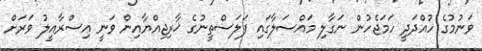
ވަނުމުގެ ހުއްދަދީ ހަމަޖެހުން ނަގާލި މައްސަލާގައި ފަލަސްތީނުގެ ޚާރިޖިއްޔާއިން ވަނީ އިސްރާއީލު ވަރަށް